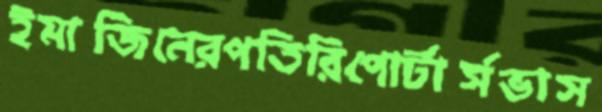
ইমাজিনেরপতিরিপোর্টার্সভাস